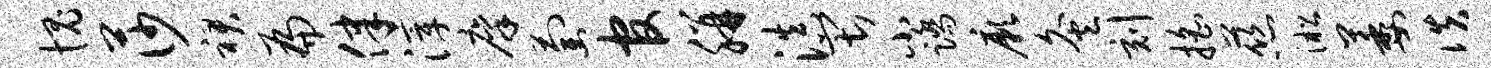
愧莎裙扁律滓廪萄官胼滇畏小踏厥灸刻摇慈淞萎佚